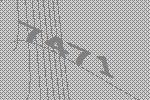
7471